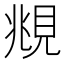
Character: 覜